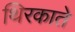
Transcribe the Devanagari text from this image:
थिरकाते